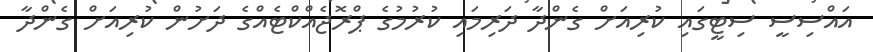
އައްސިސީ ސިޓީގައި ކުރިއަށް ގެންދާ ދަރިމައި ކުރުމުގެ ޕްރޮޖެއްކްޓެއްގެ ދަށުން ކުރިއަށް ގެންދާ